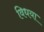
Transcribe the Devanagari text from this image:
विधया